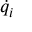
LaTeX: { \dot { q } } _ { i }